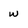
Character: w